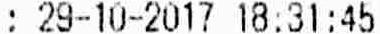
: 29-10-2017 18:31:45